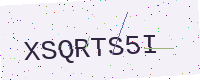
Text: XSQRTS5I